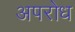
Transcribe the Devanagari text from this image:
अपरोध